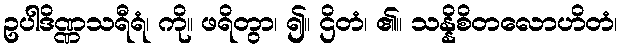
ဥပါဒိဏ္ဏသရီရံ၊ ကို။ ဖရိတွာ၊ ၍။ ဌိတံ၊ ၏။ သန္နိစိတလောဟိတံ၊